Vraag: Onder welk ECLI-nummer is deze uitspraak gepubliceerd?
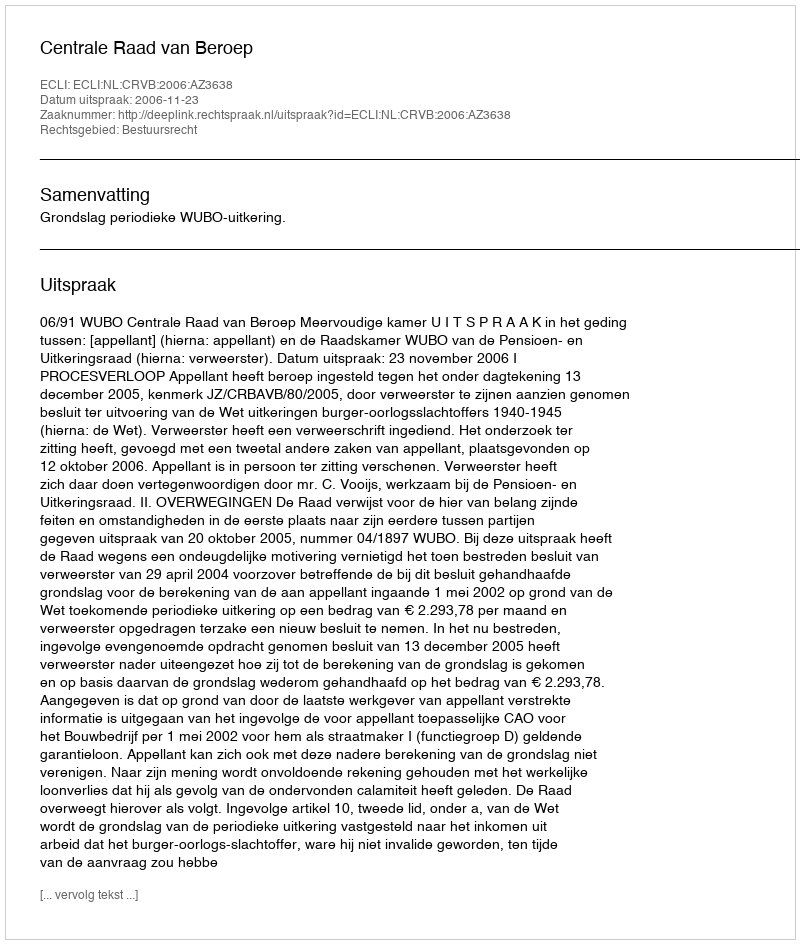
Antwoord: ECLI:NL:CRVB:2006:AZ3638